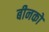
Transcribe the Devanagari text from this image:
बीनकों